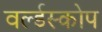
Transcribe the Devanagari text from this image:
वर्ल्डस्कोप